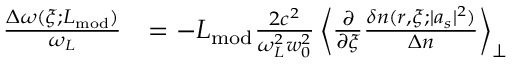
\begin{array} { r l } { \frac { \Delta \omega ( \xi ; L _ { \mathrm { m o d } } ) } { \omega _ { L } } } & { = - L _ { \mathrm { m o d } } \frac { 2 c ^ { 2 } } { \omega _ { L } ^ { 2 } w _ { 0 } ^ { 2 } } \left\langle \frac { \partial } { \partial \xi } \frac { \delta n ( r , \xi ; | a _ { s } | ^ { 2 } ) } { \Delta n } \right\rangle _ { \perp } } \end{array}